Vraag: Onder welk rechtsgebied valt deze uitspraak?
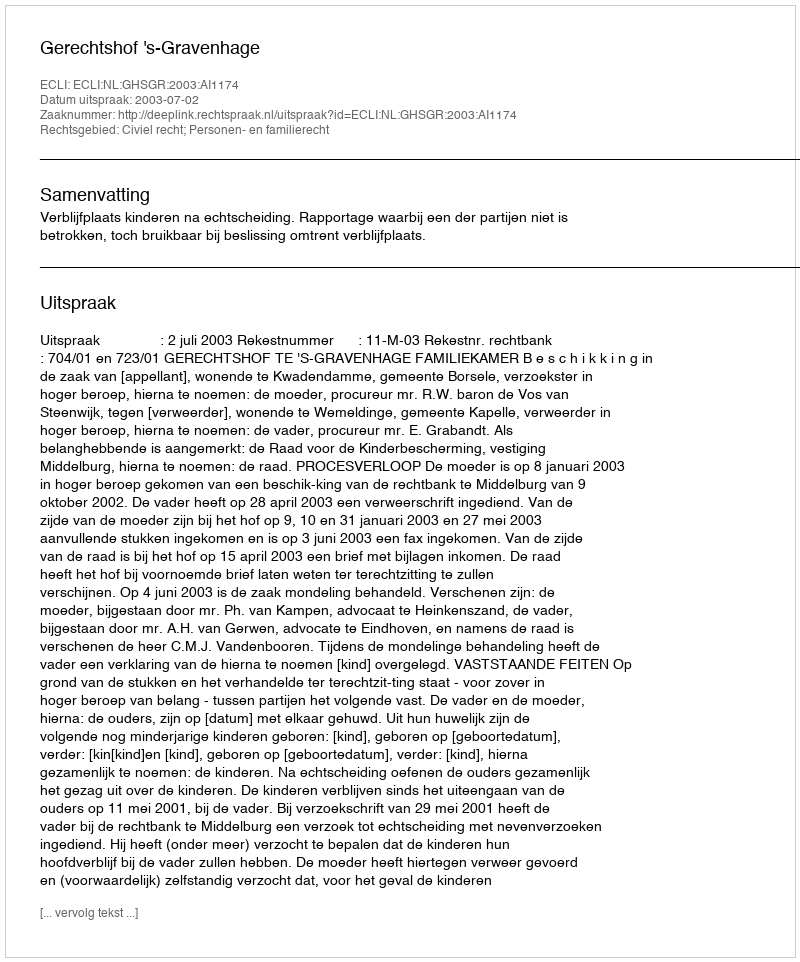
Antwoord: Civiel recht; Personen- en familierecht